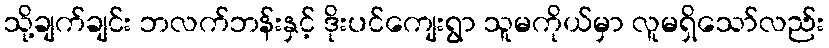
သို့ချက်ချင်း ဘလက်ဘန်းနှင့် ဒိုးပင်ကျေးရွာ သူမကိုယ်မှာ လူမရှိသော်လည်း